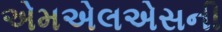
એમએલએસની